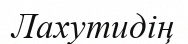
Лахутидің